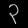
Digit: ၃